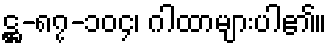
ဋ္ဌ-၈၇-၁၀၄၊ ဂါထာများပါ၏။